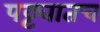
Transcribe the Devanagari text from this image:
पट्ट्यातच